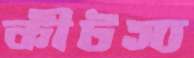
কীটস্য